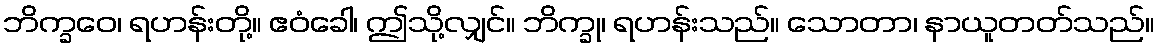
ဘိက္ခဝေ၊ ရဟန်းတို့။ ဧဝံခေါ၊ ဤသို့လျှင်။ ဘိက္ခု၊ ရဟန်းသည်။ သောတာ၊ နာယူတတ်သည်။